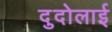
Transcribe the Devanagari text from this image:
दुदोलाई